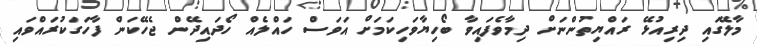
މާލޭގައި ދިރިއުޅޭ ރައްޔިތުންނަށް ދިމާވެފައިވާ ބޯހިޔާވަހިކަމަށް އަވަސް ހައްލެއް ހޯދައިދޭން ޖެހޭކަން ފާހަގަކުރައްވައި